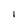
Character: 1